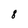
Character: 8